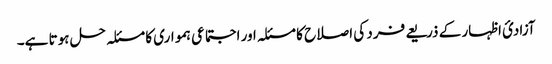
آزادئ اظہار کے ذریعے فرد کی اصلاح کا مسئلہ اور اجتماعی ہمواری کا مسئلہ حل ہوتا ہے۔